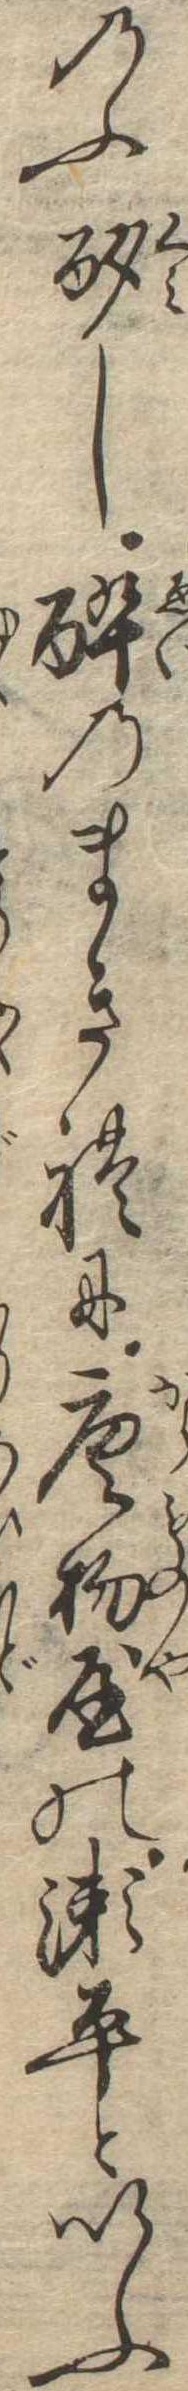
のふ酌し酔のまぎれに唐物屋の瀬平といふ